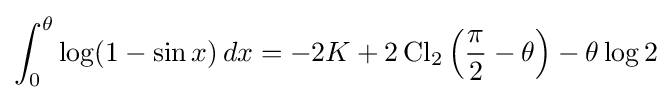
\int _{0}^{\theta }\log(1-\sin x)\,dx=-2K+2\operatorname {Cl} _{2}\left({\frac {\pi }{2}}-\theta \right)-\theta \log 2